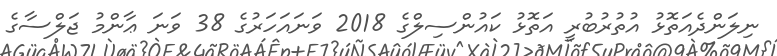
ނިލަންދެއަތޮޅު އުތުރުބުރީ އަތޮޅު ކައުންސިލްގެ 2018 ވަނައަހަރުގެ 38 ވަނަ ޢާންމު ޖަލްސާގެ